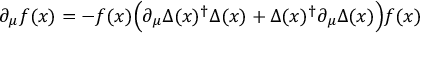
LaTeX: \partial _ { \mu } f ( x ) = - f ( x ) \Bigl ( \partial _ { \mu } \Delta ( x ) ^ { \dagger } \Delta ( x ) + \Delta ( x ) ^ { \dagger } \partial _ { \mu } \Delta ( x ) \Bigr ) f ( x )